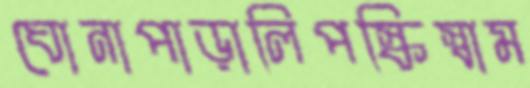
ঘোনাপাড়ালিপস্কিস্বাম